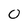
Character: O